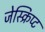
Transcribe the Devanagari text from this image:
जेस्क्रिप्ट